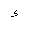
Letter: _hamza